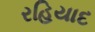
રહિયાદ